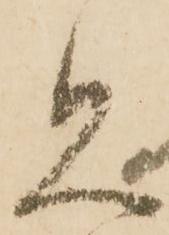
見